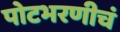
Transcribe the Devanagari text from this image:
पोटभरणीचं